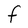
Character: F